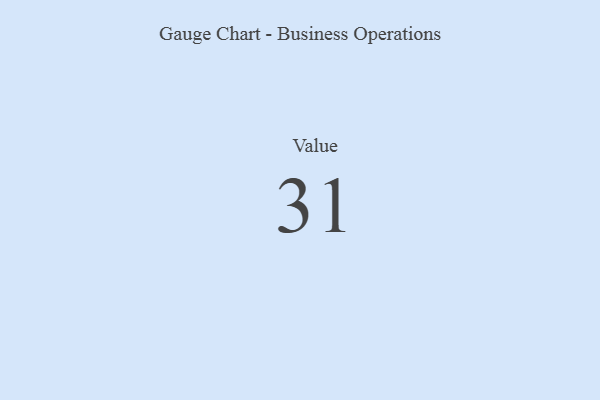
{"axis": {"x": "Metric", "y": "Value"}, "legend": [""], "data": [{"x": "Value", "y": 31, "type": ""}]}